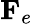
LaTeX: \textbf{F}_{e}